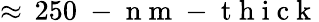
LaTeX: \approx\, 250\mathrm{~-~n~m~-~t~h~i~c~k~}